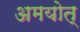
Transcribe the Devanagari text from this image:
अमयोत्